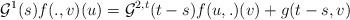
LaTeX: \begin{align*}\mathcal{G}^1(s)f(.,v)(u)=\mathcal{G}^{2,t}(t-s)f(u,.)(v)+g(t-s,v)\end{align*}